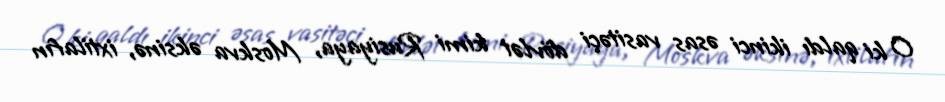
O ki qaldı ikinci əsas vasitəçi dövlət kimi Rusiyaya, Moskva əksinə, ixtilafın